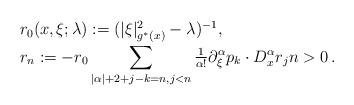
LaTeX: \begin{align*}\begin{array}{l}r_0(x,\xi;\lambda):=(|\xi|^2_{g^*(x)}-\lambda)^{-1},\vphantom{A_{A_{A_{A_A}}}}\\r_n:=-r_0\displaystyle\sum_{|\alpha|+2+j-k=n,j<n} {\textstyle\frac1{\alpha!}}\partial_\xi^\alpha p_k\cdot D_x^\alpha r_jn>0\,.\end{array}\end{align*}